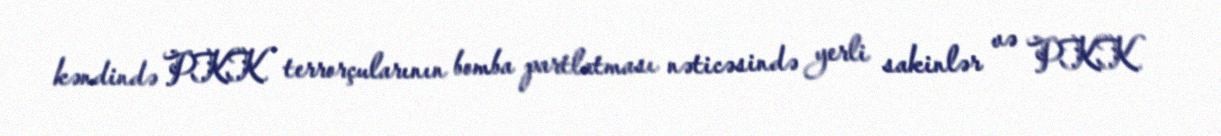
kəndində PKK terrorçularının bomba partlatması nəticəsində yerli sakinlər və PKK